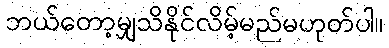
ဘယ်တော့မျှသိနိုင်လိမ့်မည်မဟုတ်ပါ။